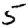
Digit: 5